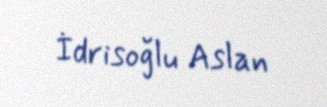
İdrisoğlu Aslan